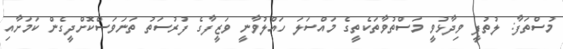
މުސްތަފާ: ލުތުފީ ވިދާޅުވީ މަސްތުވާތަކެތީގެ މައްސަލަ ހައްލުވާނީ ވަޒީފާގެ ފުރުސަތު ތަނަވަސްކޮށްދީގެން ކަމަށާއި